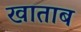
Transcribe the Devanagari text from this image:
खाताब